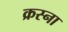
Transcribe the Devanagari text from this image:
क्रस्ना